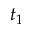
t _ { 1 }